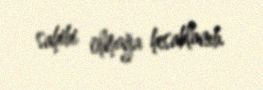
sahibi olmağa hesablanıb.